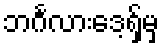
ဘင်္ဂလားဒေ့ရှ်မှ